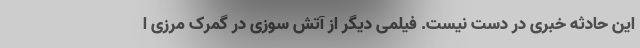
این حادثه خبری در دست نیست. فیلمی دیگر از آتش سوزی در گمرک مرزی ا